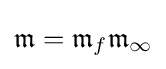
{\mathfrak {m}}={\mathfrak {m}}_{f}{\mathfrak {m}}_{\infty }